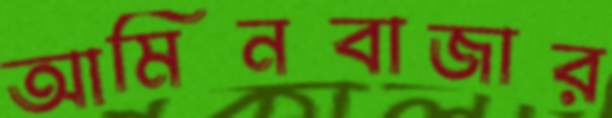
আমিনবাজার